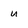
Character: u